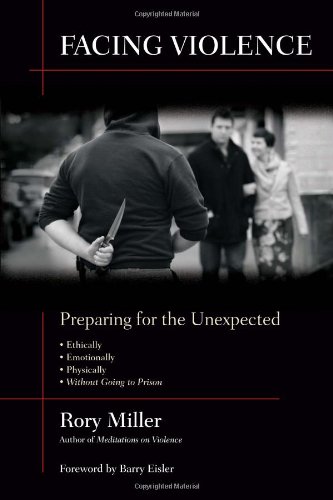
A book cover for Facing Violence: Preparing for the Unexpected; Rory Miller; Politics & Social Sciences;